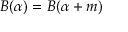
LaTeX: B ( \alpha ) = B ( \alpha + m )